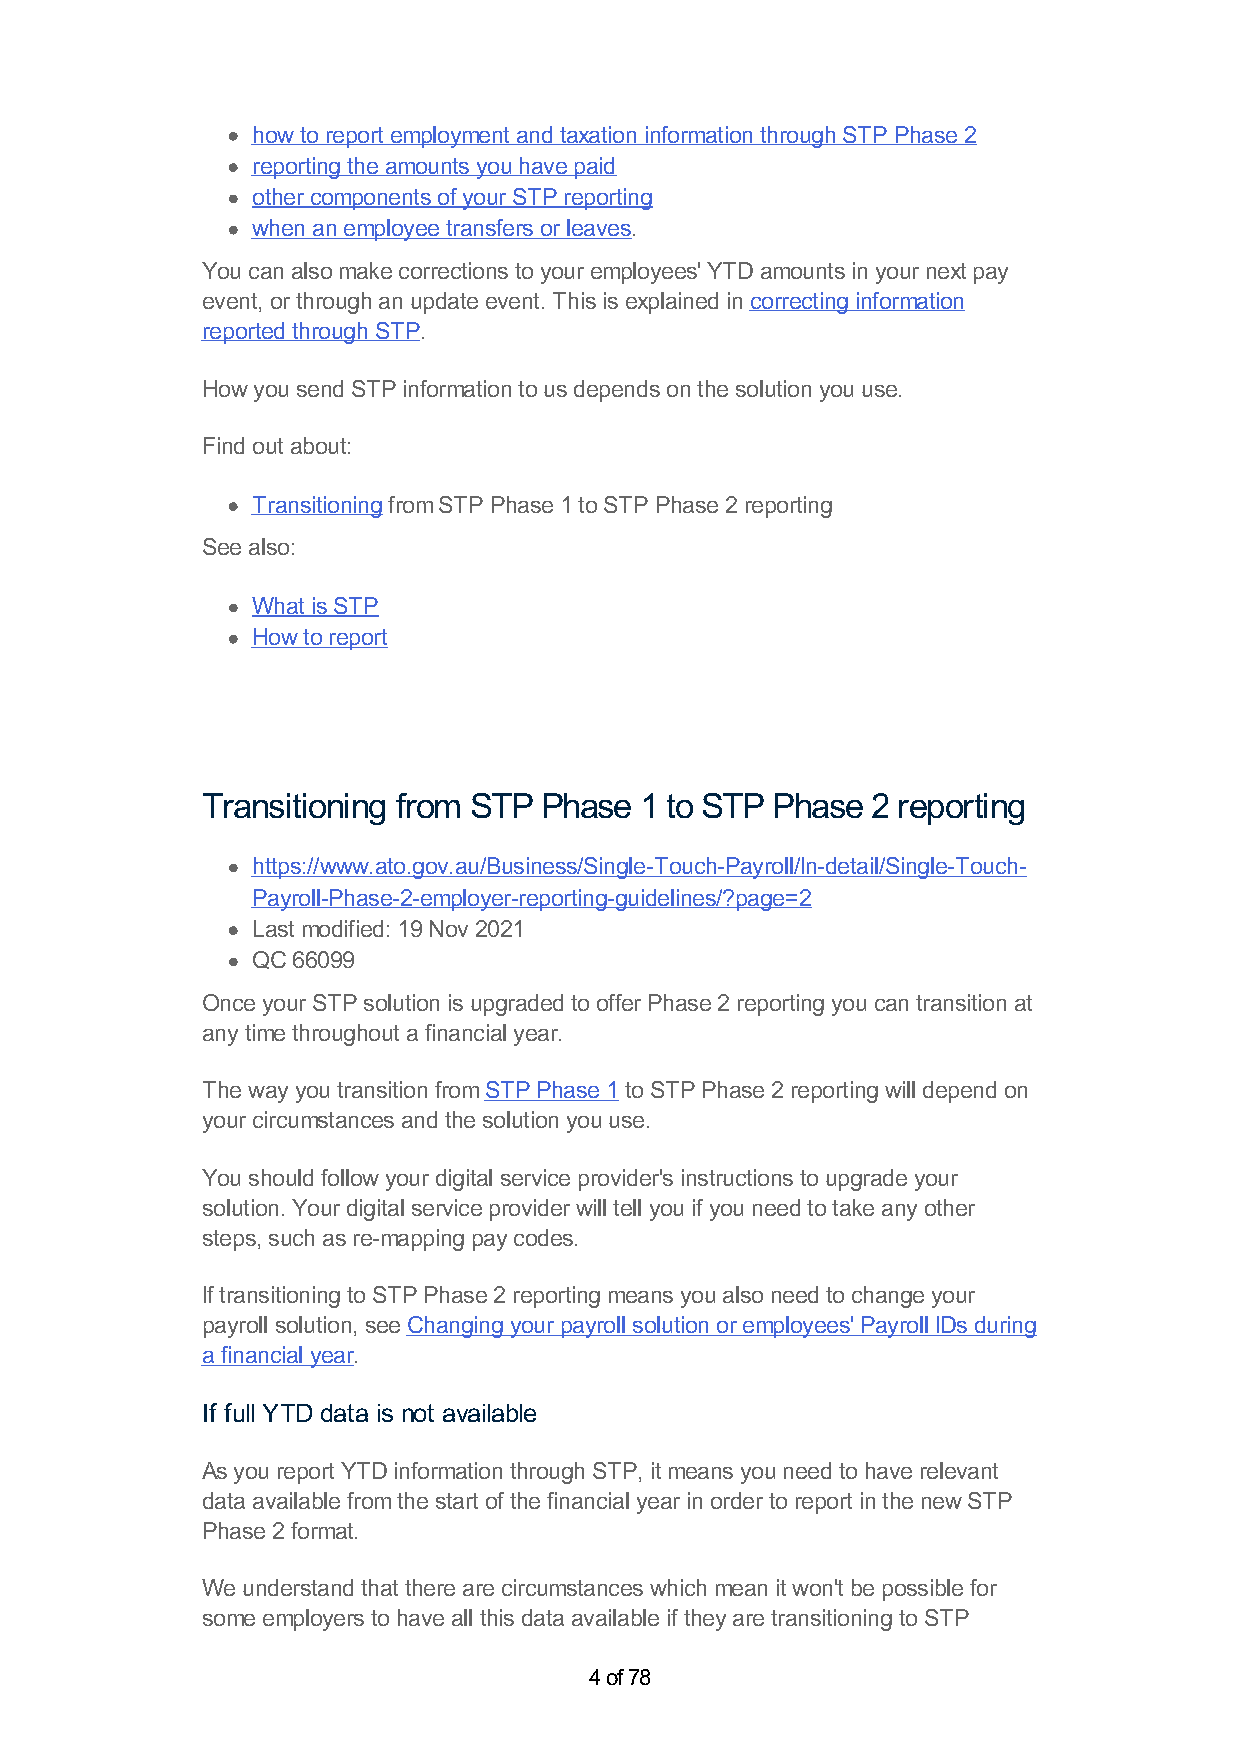
how to report employment and taxation information through STP Phase 2
 reporting the amounts you have paid
 other components of your STP reporting
 when an employee transfers or leaves.
 You can also make corrections to your employees' YTD amounts in your next pay
 event, or through an update event. This is explained in correcting information
 reported through STP.
 How you send STP information to us depends on the solution you use.
 Find out about:
 Transitioning from STP Phase 1 to STP Phase 2 reporting
 See also:
 What is STP
 How to report
 Transitioning from STP Phase 1 to STP Phase  2 reporting
 https://www.ato.gov.au/Business/Single-Touch-Payroll/In-detail/Single-Touch-
 Payroll-Phase-2-employer-reporting-guidelines/?page=2
 Last modified: 19 Nov 2021
 QC 66099
 Once your STP solution is upgraded to offer Phase 2 reporting you can transition at
 any time throughout a financial year.
 The way you transition from STP Phase 1 to STP Phase 2 reporting will depend on
 your circumstances and the solution you use.
 You should follow your digital service provider's instructions to upgrade your
 solution. Your digital service provider will tell you if you need to take any other
 steps, such as re-mapping pay codes.
 If transitioning to STP Phase 2 reporting means you also need to change your
 payroll solution, see Changing your payroll solution or employees' Payroll IDs during
 a financial year.
 If full YTD data is not available
 As you report YTD information through STP, it means you need to have relevant
 data available from the start of the financial year in order to report in the new STP
 Phase 2 format.
 We understand that there are circumstances which mean it won't be possible for
 some employers to have all this data available if they are transitioning to STP
 4 of 78